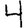
Digit: 4